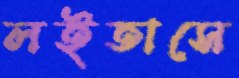
লইতাসে